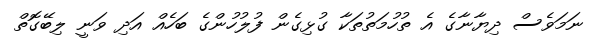
ނަމަވެސް ދިޔާނާގެ އެ ތުހުމަތުތަކާ ގުޅިގެން ފުލުހުންގެ ބަހެއް އަދި ވަނީ ލިބޭގޮތް